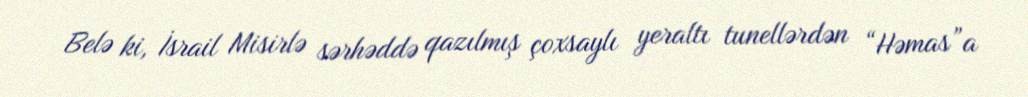
Belə ki, İsrail Misirlə sərhəddə qazılmış çoxsaylı yeraltı tunellərdən “Həmas”a